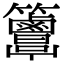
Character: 𥸖